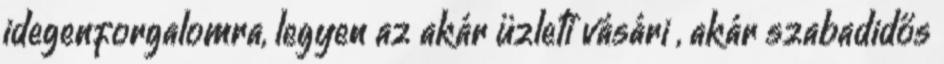
idegenforgalomra, legyen az akár üzleti vásári , akár szabadidős